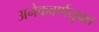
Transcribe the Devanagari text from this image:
अनेकवर्णयुक्त